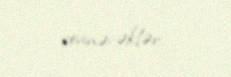
sevinəcəklər.